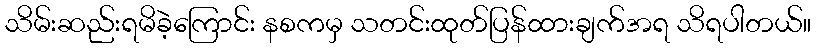
သိမ်းဆည်းရမိခဲ့ကြောင်း နစကမှ သတင်းထုတ်ပြန်ထားချက်အရ သိရပါတယ်။